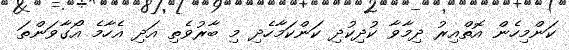
ކަންމިހެން އޮތްއިރު ދިމާވާ ކުދިކުދި ކަންކަމާހެދި މި ބާރުވެތި އަދި އެހާމެ އޯގާވަންތަ